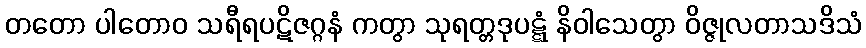
တတော ပါတောဝ သရီရပဋိဇဂ္ဂနံ ကတွာ သုရတ္တဒုပဋ္ဋံ နိဝါသေတွာ ဝိဇ္ဇုလတာသဒိသံ